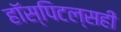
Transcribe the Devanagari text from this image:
हॉस्पिटल्सही